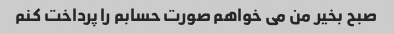
صبح بخیر من می خواهم صورت حسابم را پرداخت کنم